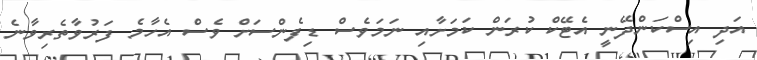
އަދި އިސްކަންދޭނީ އެޓޭކް ކުރަން ކަމަށާއި ނަމަވެސް ޑިފެންސަށް ވެސް އެހާމެ ފަރުވާތެރިވާނެ